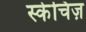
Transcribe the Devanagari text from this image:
स्केचिज़